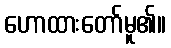
ဟောထားတော်မူ၏။